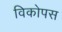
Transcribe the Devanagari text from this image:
विकोपस